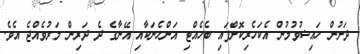
ދަށުން ހައިޟުވުމުން އެކަހެރިކޮށްފައި ބެހެއްޓި އަންހެނަކާއި އޭނާގެ ދެ ދަރިން މަރުވެއްޖެ އެވެ.